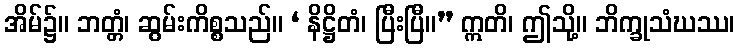
အိမ်၌။ ဘတ္တံ၊ ဆွမ်းကိစ္စသည်။ ‘ နိဋ္ဌိတံ၊ ပြီးပြီ။” ဣတိ၊ ဤသို့။ ဘိက္ခုသံဃဿ၊